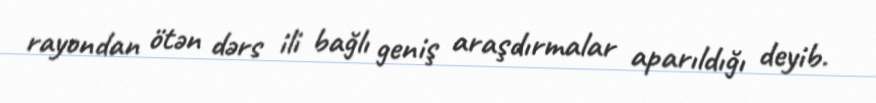
rayondan ötən dərs ili bağlı geniş araşdırmalar aparıldığı deyib.